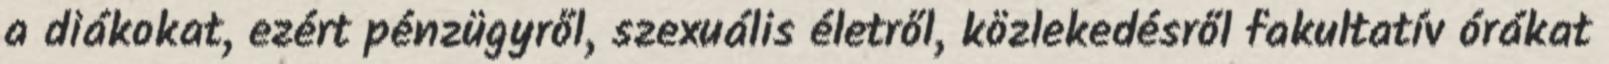
a diákokat, ezért pénzügyről, szexuális életről, közlekedésről fakultatív órákat